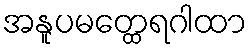
အနူပမတ္ထေရဂါထာ